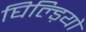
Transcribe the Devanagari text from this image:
घिल्ड़ियो